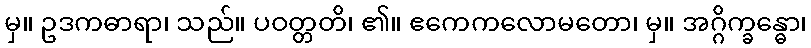
မှ။ ဥဒကဓာရာ၊ သည်။ ပဝတ္တတိ၊ ၏။ ဧကေကလောမတော၊ မှ။ အဂ္ဂိက္ခန္ဓော၊